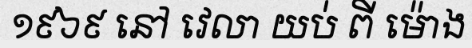
១៩៦៩ នៅ វេលា យប់ ពី ម៉ោង